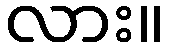
လား။